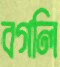
বগলি